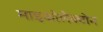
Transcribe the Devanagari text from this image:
माइकोलैक्टोन